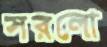
সরলো